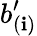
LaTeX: b_{(\mathbf{i})}^{\prime}